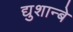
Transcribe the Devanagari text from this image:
द्युशान्बे